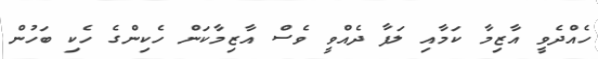
ހެއްދެވީ އާޒިމާ ކަމާއި ލަފާ ދެއްވީ ވެސް އާޒިމާކަން ހެކިންގެ ހެކި ބަހުން